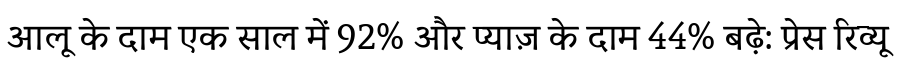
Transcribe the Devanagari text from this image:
आलू के दाम एक साल में 92% और प्याज़ के दाम 44% बढ़े: प्रेस रिव्यू